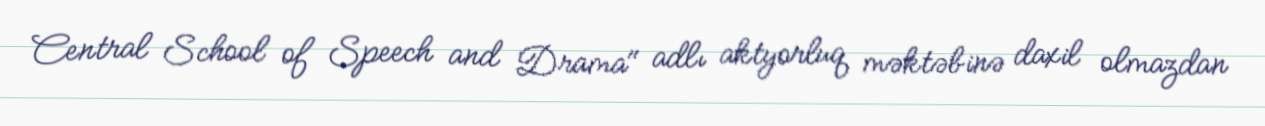
Central School of Speech and Drama" adlı aktyorluq məktəbinə daxil olmazdan